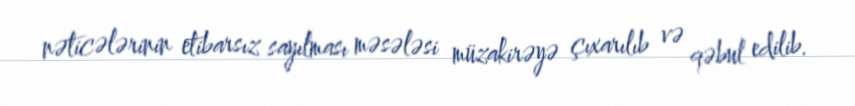
nəticələrinin etibarsız sayılması məsələsi müzakirəyə çıxarılıb və qəbul edilib.